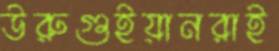
উরুগুইয়ানরাই